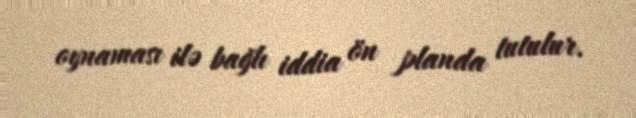
oynaması ilə bağlı iddia ön planda tutulur.